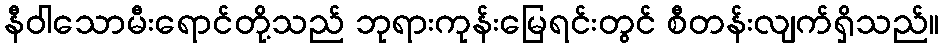
နီဝါသောမီးရောင်တို့သည် ဘုရားကုန်းမြေရင်းတွင် စီတန်းလျက်ရှိသည်။